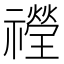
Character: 𱵶